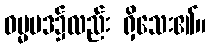
ဓမ္မပဒ၌လည်း ရှိသေး၏။